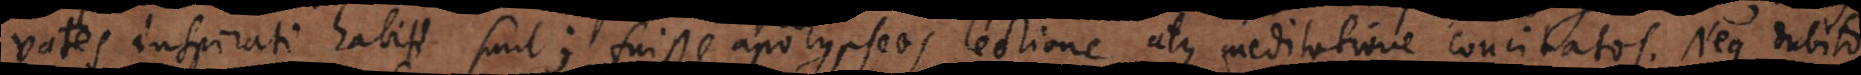
vates inspirati habiti sunt; fuisse apocalypseos lectione atque meditatione concitatos. Neque dubito